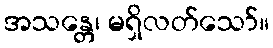
အသန္တေ၊ မရှိလတ်သော်။